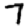
Digit: 7